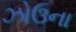
ઝોઉના